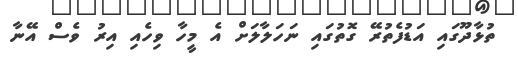
ތުޅާދޫގައި އަޑުފެތުރޭ ގޮތުގައި ނަހަލާލަށް އެ މީހާ ވިހެއި އިރު ވެސް އޭނާ